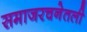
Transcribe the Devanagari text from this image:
समाजरचनेतली